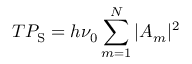
T P _ { \mathrm { S } } = h \nu _ { 0 } \sum _ { m = 1 } ^ { N } | A _ { m } | ^ { 2 }